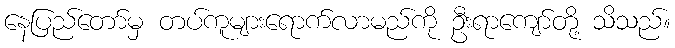
နေပြည်တော်မှ တပ်ကူများရောက်လာမည်ကို ဦးရာကျော်တို့ သိသည်။